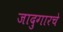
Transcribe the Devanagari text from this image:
जादुगारचे